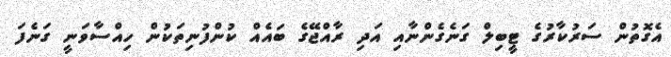
އެގޮތުން ސަރުކާރުގެ ޓީބިލް ގަނެގެންނާއި އަދި ރާއްޖޭގެ ބައެއް ކުންފުނިތަކުން ހިއްސާވަނީ ގަނެފަ